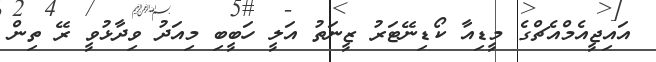
އައިޖީއެމްއެޗްގެ މީޑިއާ ކޯޑިނޭޓަރު ޒީނަތު އަލީ ހަބީބި މިއަދު ވިދާޅުވީ ރޭ ތިން